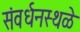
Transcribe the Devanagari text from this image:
संवर्धनस्थळे